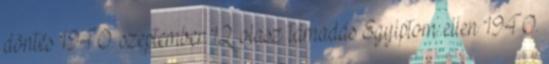
döntés 1940. szeptember 12. olasz támadás Egyiptom ellen 1940.